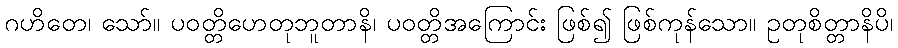
ဂဟိတေ၊ သော်။ ပဝတ္တိဟေတုဘူတာနိ၊ ပဝတ္တိအကြောင်း ဖြစ်၍ ဖြစ်ကုန်သော။ ဥတုစိတ္တာနိပိ၊